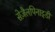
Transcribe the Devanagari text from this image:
सेज़ैलपिनाइडी